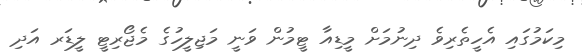
މިކަމުގައި އެހީތެރިވެ ދިނުމަށް މީޑިއާ ޓީމުން ވަނީ މަޖިލީހުގެ މެޖޯރިޓީ ލީޑަރ އަދި